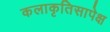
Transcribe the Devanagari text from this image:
कलाकृतिसापेक्ष